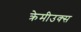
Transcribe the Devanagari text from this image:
क्रेमीउक्स